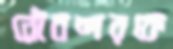
নৌবন্দরকে